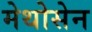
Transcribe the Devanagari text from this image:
मेथोसेन